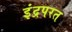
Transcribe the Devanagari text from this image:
इंद्रपरत